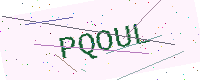
Text: PQOUL